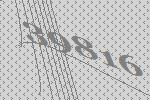
39816